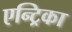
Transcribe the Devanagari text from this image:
एन्ट्रिका